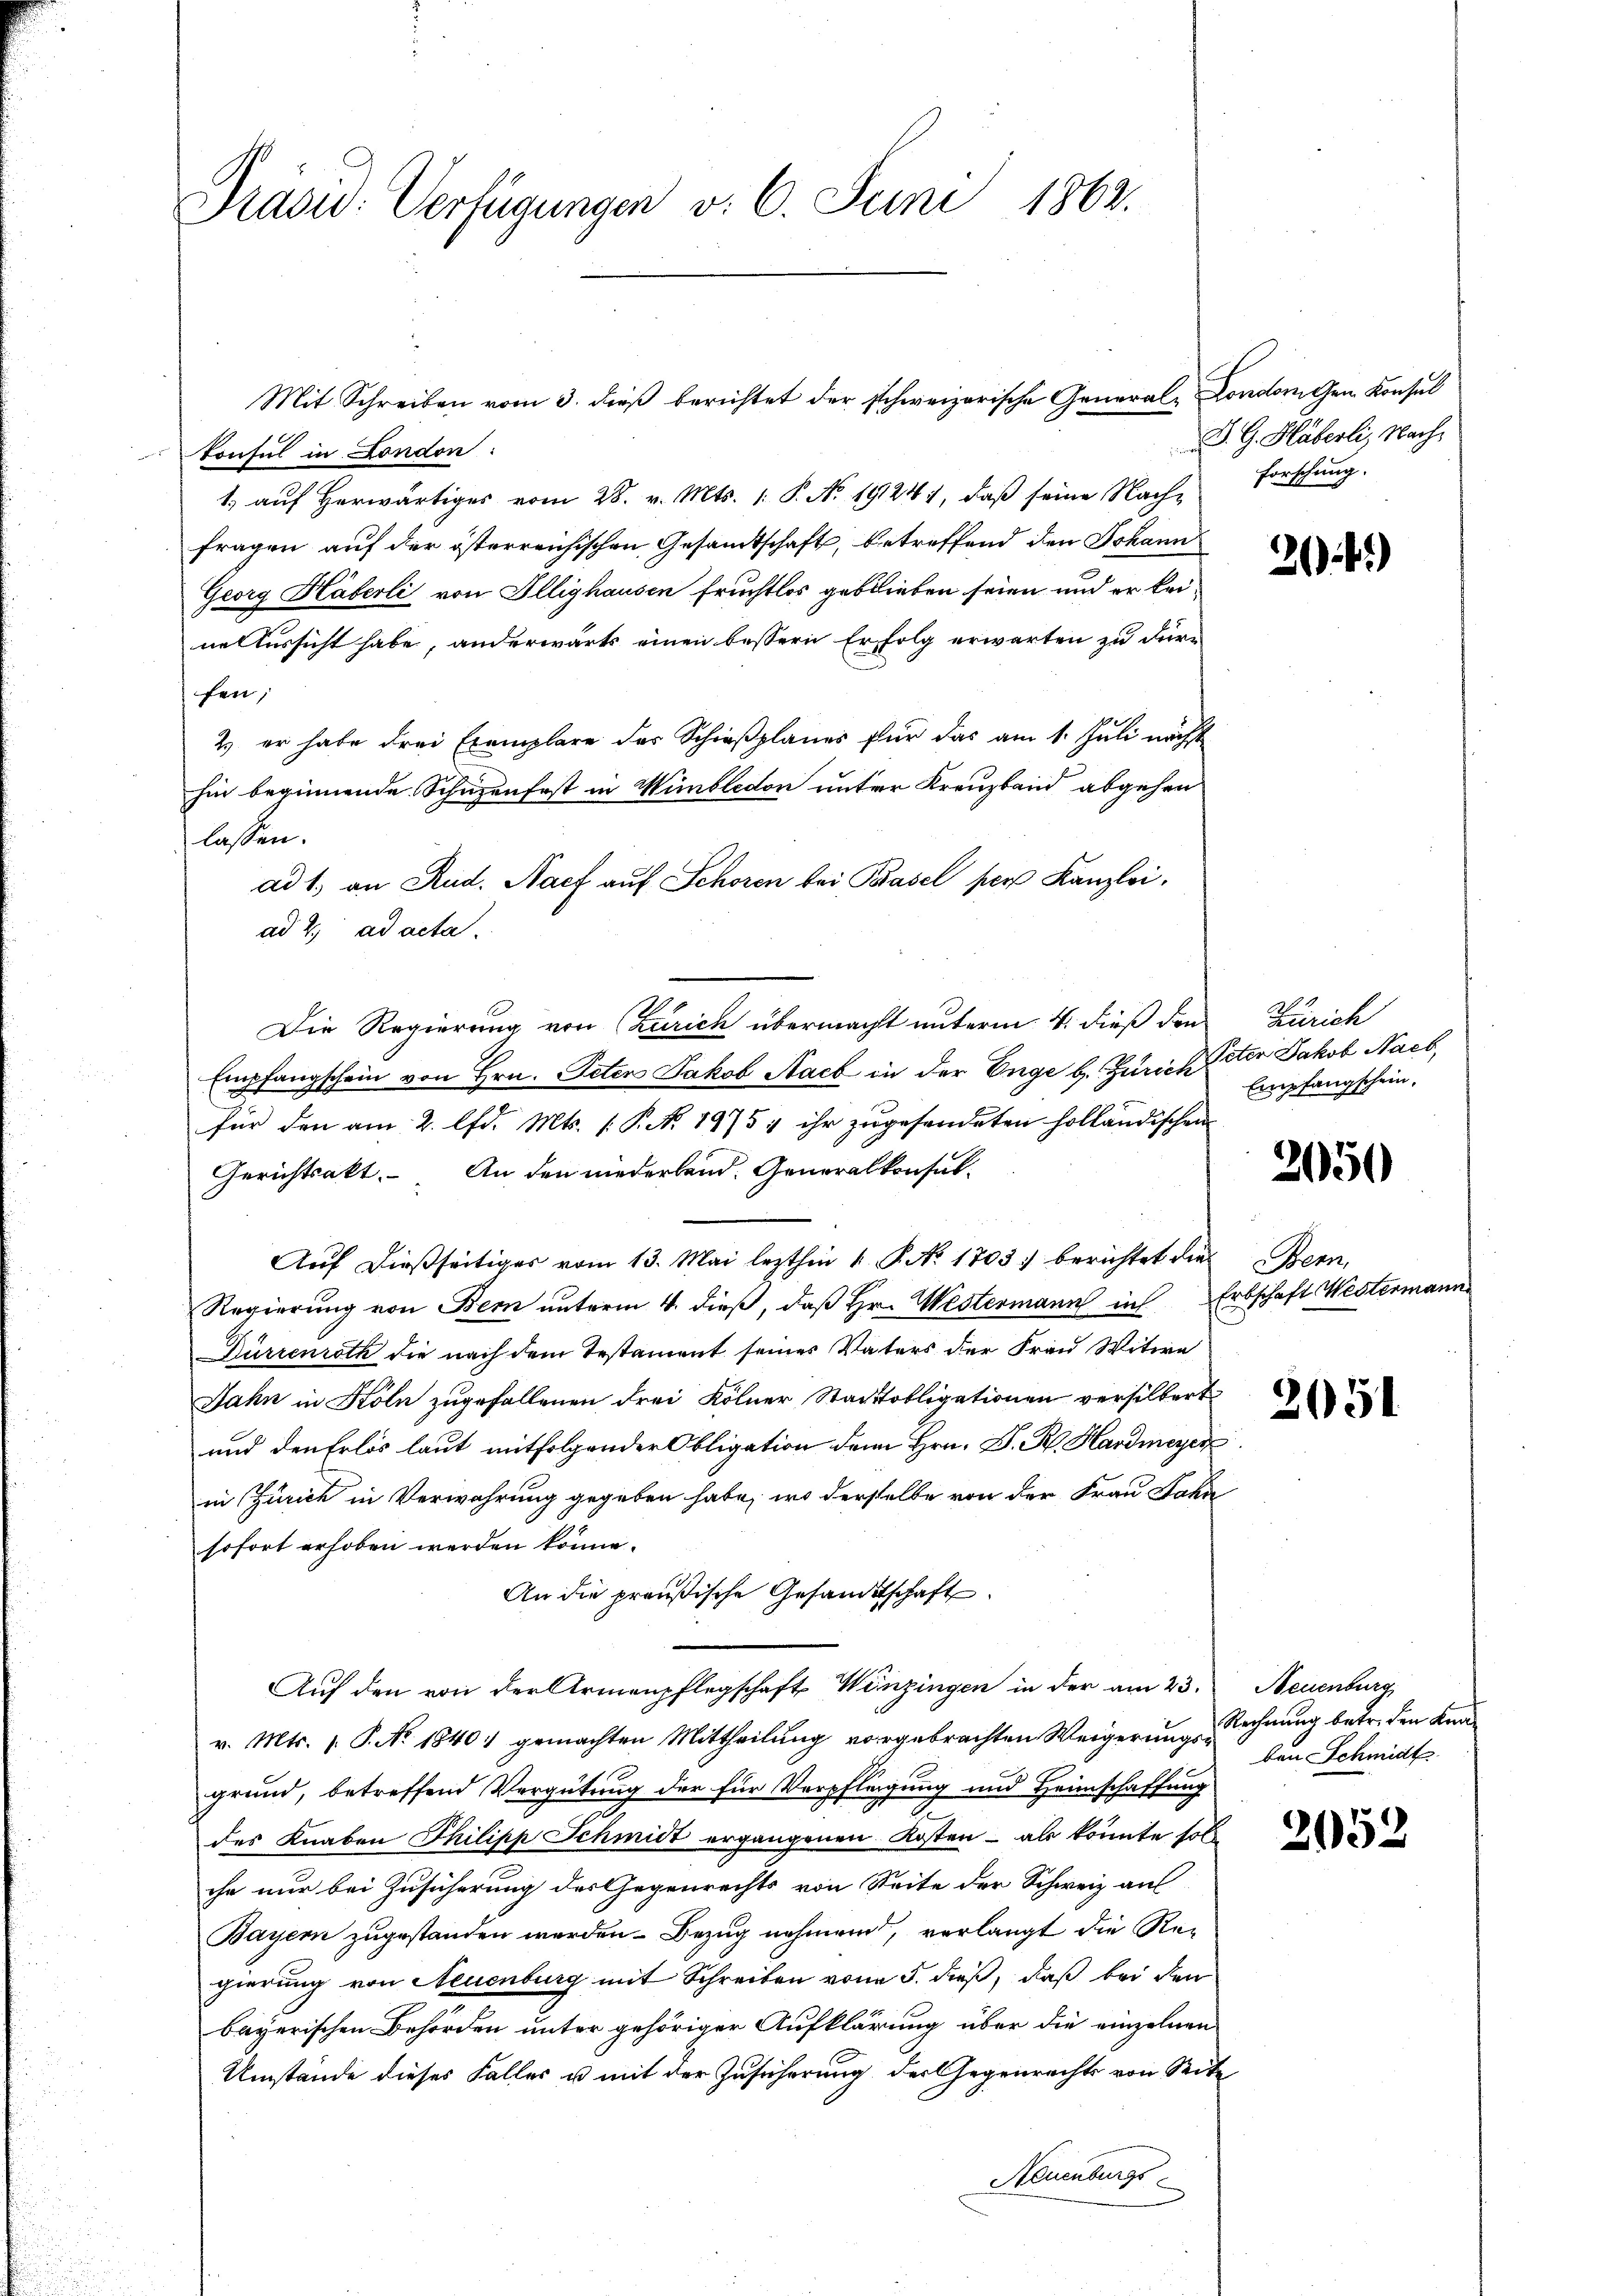
Präsid. Verfügungen v. 6. Juni 1862.

konsul in London
1. aŭf herwärtiges vom 28. v. Mts. 1. P. No. 19241, daβ seine Nach- Forschŭng.
fragen auf der österreichischen Gesamtschaft, betreffend den Johann
Georg Häberli von Illighausen fruchtlos geblieben seien und er keine Aussicht habe, anderwärts einen bessern Erfolg erwarten zu dürfen;
2) er habe drei Exemplare des Schieβplanes für das am 1. Juli nächst
hin beginnende Schüzenfest in Wimbledon unter Kreuzband abgehen
lassen.
ad 1. an Rud. Nach auf Schoren bei Basel per Kanzlei,
ad 2. ad acta.
Die Regierung von (Zürich übermacht unterm 4. dieß den Zürich
Empfangschein von Hrn. Peten Jakob Nach in der Enge b. Zürich Peter Jakob Nach
xx
für den am 2. lfd. Mts. [P. No. 1975, ihr zugesendeten holländischen
Gerichtsakt. An den niederband. Generalkonsul-
Auf dießseitiges vom 13. Mai lezthin 1 P. No. 1803) berichtet die
Regierung von Bern unterm 4. dieß, daß Hr. Westermann in
Dürrenroth die nach dem Testament seines Vaters der Frau Witwe
Jahn in Köln zugefallenen drei Kölner Stadtobligationen versilbert
und den Erlös laut mitfolgender Obligation dem Hrn. P. R. Hardmeyer
in Zürich in Verwahrung gegeben habe, wo derselbe von der Frau Jahn
sofort erhoben werden könne.
An die preußische Gesandtschaft
Auf den von der Armenpflegschaft Winzingen in der am 23. Neuenburg
v. Mts. 1. P. No. 1840. gemachten Mittheilung vorgebrachten Weigerungs-Rechnung betr. den Knagrund, betreffend Vergütung der für Verpflegung und Heimschaffung
des Knaben Thilipp Schmidt ergangenen Kosten - als könnte soll
che nur bei Zusicherung des Gegenrechts von Seite der Schweiz auf
Bayern zugestanden werden. Bezug nehmend, verlangt die Regierung von Neuenburg mit Schreiben von 5. dieß, daß bei den
bayerischen Behörden unter gehöriger Aufklärung über die einzelnen
Umstände dieses Faller u mit der Zusicherung der Gegenrechts von Seite
Neuenburgs

Mit Schreiben vom 3. dieβ berichtet der schweizerische General London den Konsul

D. G. Häberli, Nach¬

20)

Empfangschein,

250

enn
Erbschaft Westermann

2051

ben Schmidt

2052